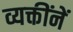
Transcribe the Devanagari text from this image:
व्यक्तींनें